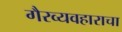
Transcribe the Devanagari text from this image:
गैरव्यवहाराचा